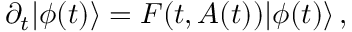
\partial _ { t } | \phi ( t ) \rangle = F ( t , A ( t ) ) | \phi ( t ) \rangle \, ,